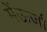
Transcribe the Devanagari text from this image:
मेंऊर्जा